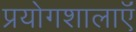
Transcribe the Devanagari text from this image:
प्रयोगशालाऍं